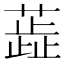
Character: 蕋